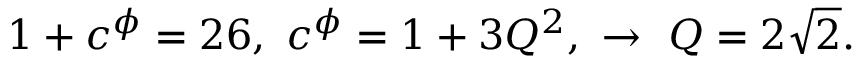
1 + c ^ { \phi } = 2 6 , ~ c ^ { \phi } = 1 + 3 Q ^ { 2 } , ~ \to ~ Q = 2 \sqrt { 2 } .